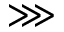
\ggg